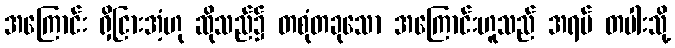
အကြောင်း ရှိငြားအံ့ဟု ဆိုသည်၌ တစုံတခုသော အကြောင်းဟူသည် အရပ် တပါးသို့